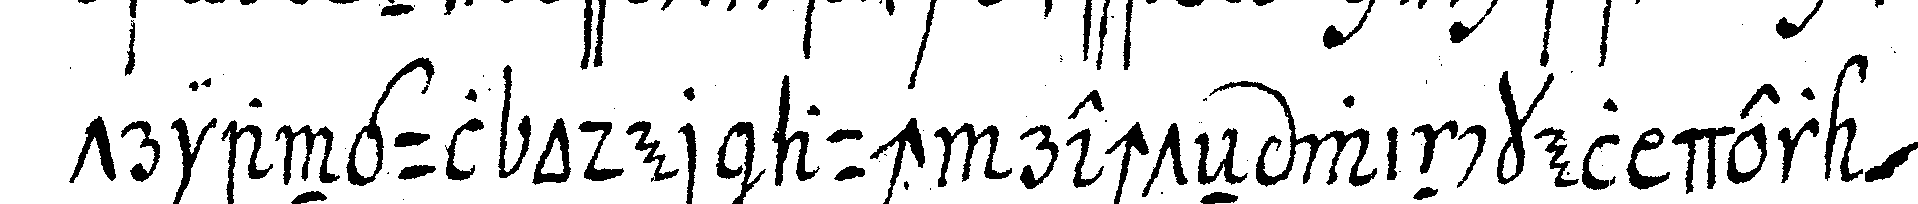
triangul oder auch rechteN winckel der *nee*